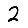
Digit: 2